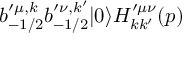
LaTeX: b _ { - 1 / 2 } ^ { \prime \mu , k } b _ { - 1 / 2 } ^ { \prime \nu , k ^ { \prime } } | 0 \rangle H _ { k k ^ { \prime } } ^ { \prime \mu \nu } ( p )